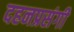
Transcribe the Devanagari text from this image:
दहनप्रसंगी